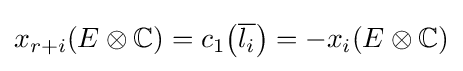
x_{r+i}(E\otimes \mathbb {C} )=c_{1}{\mathord {\left({\overline {l_{i}}}\right)}}=-x_{i}(E\otimes \mathbb {C} )